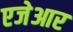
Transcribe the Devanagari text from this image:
एजेआर